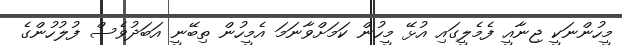
މީހުންނަކީ ޖިނާއީ ފެމެލީގައި އުޅޭ މީހުން ކަމަށްވާނަމަ އެމީހުން ތިބޭނީ އަބަދުވެސް ފުލުހުންގެ